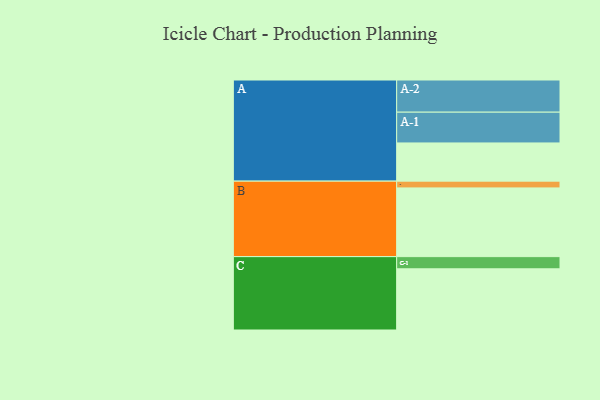
{"axis": {"x": "Segment", "y": "Value"}, "legend": ["", "A", "B", "C"], "data": [{"x": "A", "y": 304, "type": ""}, {"x": "B", "y": 547, "type": ""}, {"x": "C", "y": 487, "type": ""}, {"x": "A-1", "y": 245, "type": "A"}, {"x": "A-2", "y": 256, "type": "A"}, {"x": "B-1", "y": 54, "type": "B"}, {"x": "C-1", "y": 97, "type": "C"}]}